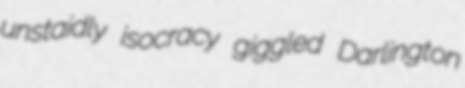
unstaidly isocracy giggled Darlington